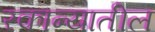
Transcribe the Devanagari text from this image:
रकान्यातील